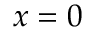
x = 0